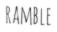
RAMBLE